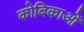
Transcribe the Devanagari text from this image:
कोबिकाओं